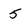
Character: 5